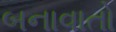
બનાવાતો